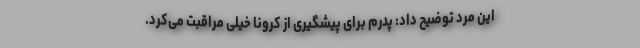
این مرد توضیح داد: پدرم برای پیشگیری از کرونا خیلی مراقبت می‌کرد.